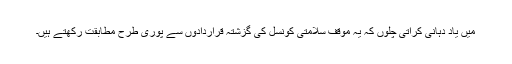
میں یاد دہانی کراتی چلوں کہ یہ موقف سلامتی کونسل کی گزشتہ قراردادوں سے پوری طرح مطابقت رکھتے ہیں۔